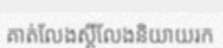
គាត់លែងស្តីលែងនិយាយរក